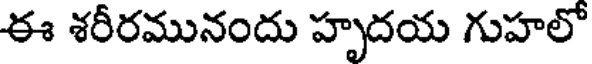
ఈ శరీరమునందు హృదయ గుహలో